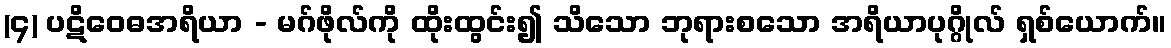
(၄) ပဋိဝေဓအရိယာ - မဂ်ဖိုလ်ကို ထိုးထွင်း၍ သိသော ဘုရားစသော အရိယာပုဂ္ဂိုလ် ရှစ်ယောက်။